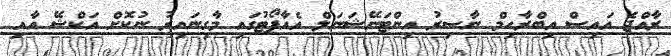
ރާއްޖެ އައިސް އިބްރާހިމް ނާސިރު އިންޓަނޭޝަނަލް އެއާޕޯޓުގައި މާގިނައިރު ނުކޮށް އަކްޝޭ އާއި